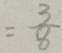
= \frac { 3 } { 8 }